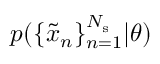
p ( \{ \tilde { x } _ { n } \} _ { n = 1 } ^ { N _ { \mathrm { s } } } | \theta )